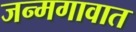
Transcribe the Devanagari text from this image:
जन्मगावात